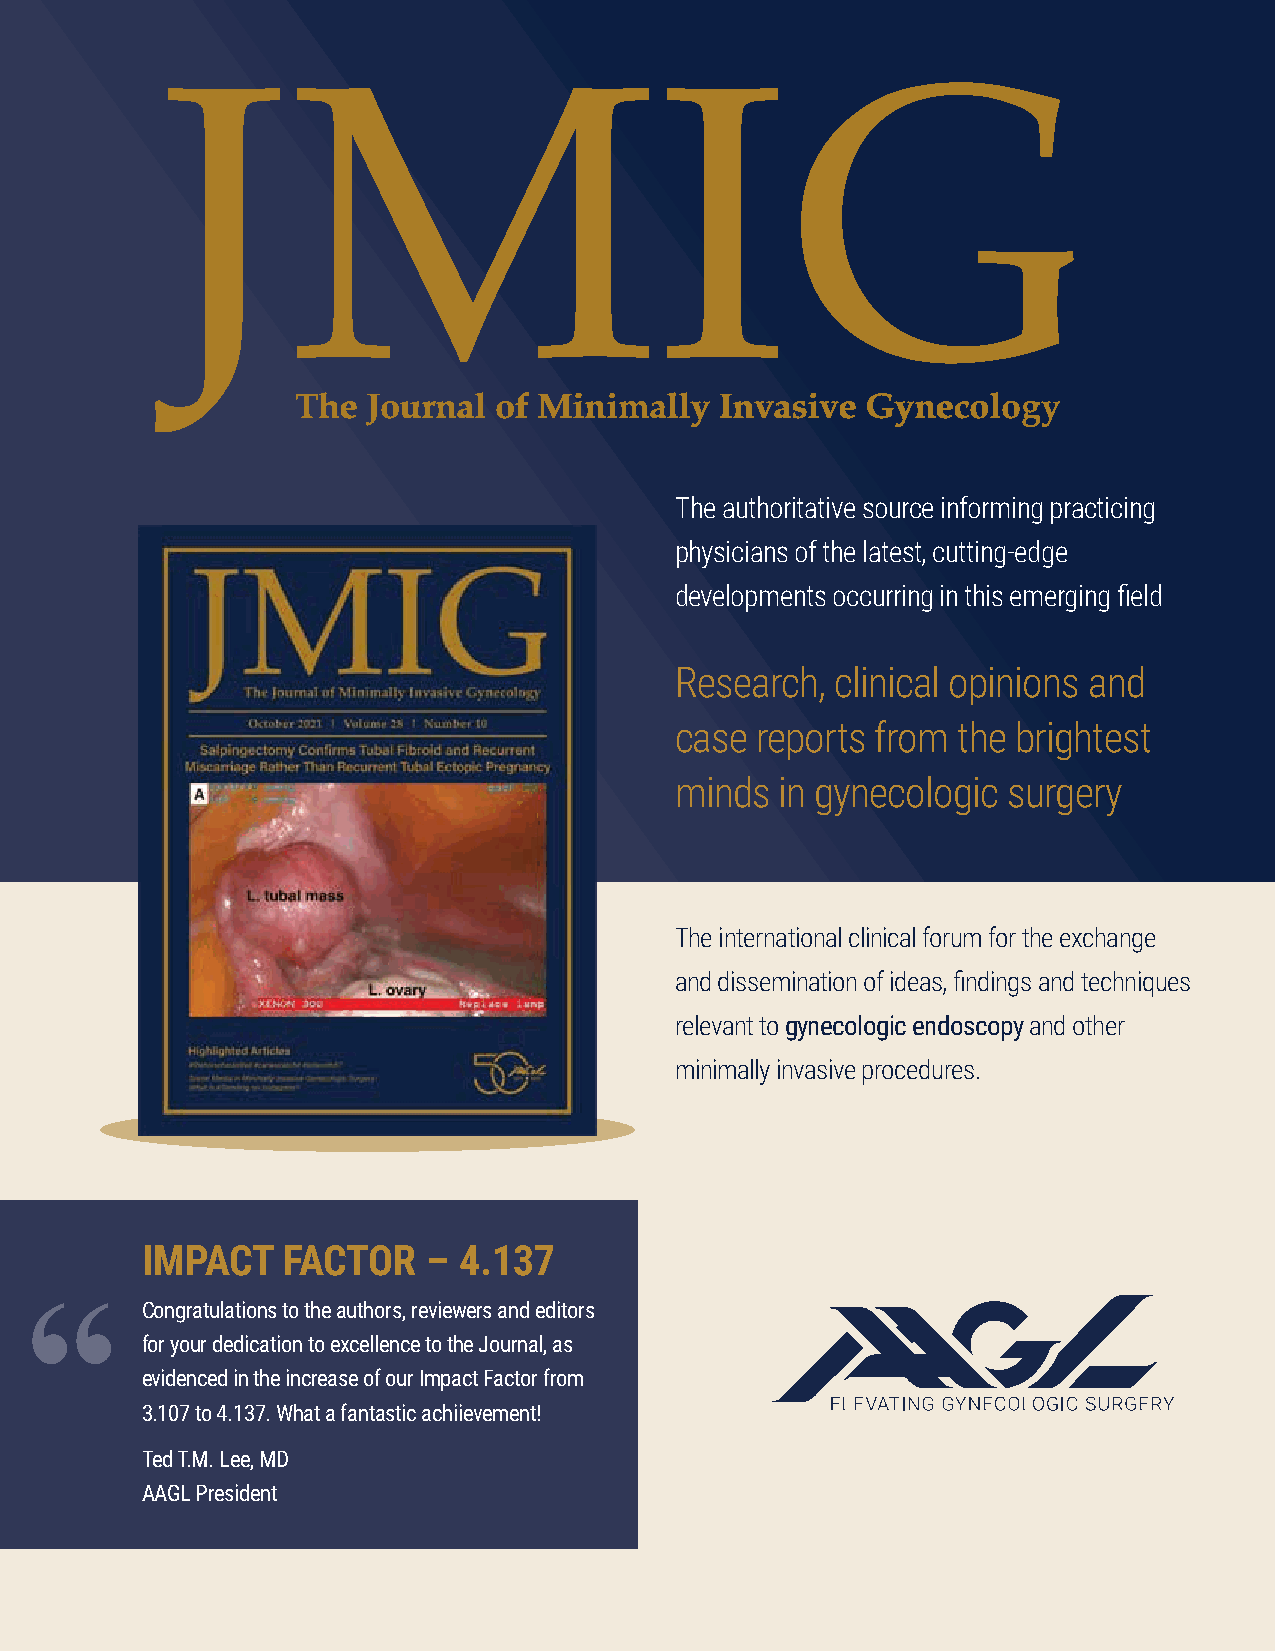
The Journal  of Minimally   Invasive Gynecology
 The authoritative source informing practicing
 physicians of the latest, cutting-edge
 developments occurring in this emerging field
 Research, clinical opinions and
 case reports from the brightest
 minds  in gynecologic surgery
 The international clinical forum for the exchange
 and dissemination of ideas, findings and techniques
 relevant to gynecologic endoscopy and other
 minimally invasive procedures.
 IMPACT    FACTOR   – 4.137
 “      Congratulations to the authors, reviewers and editors
 for your dedication to excellence to the Journal, as
 evidenced in the increase of our Impact Factor from
 3.107 to 4.137. What a fantastic achiievement!
 Ted T.M. Lee, MD
 AAGL President
 54                             2019 AAGL Global Congress on MIGS